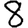
Digit: 8